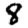
Digit: 8